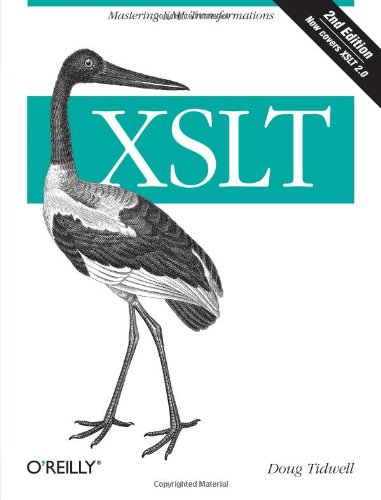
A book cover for XSLT, 2nd Edition; Doug Tidwell; Computers & Technology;